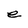
Character: e